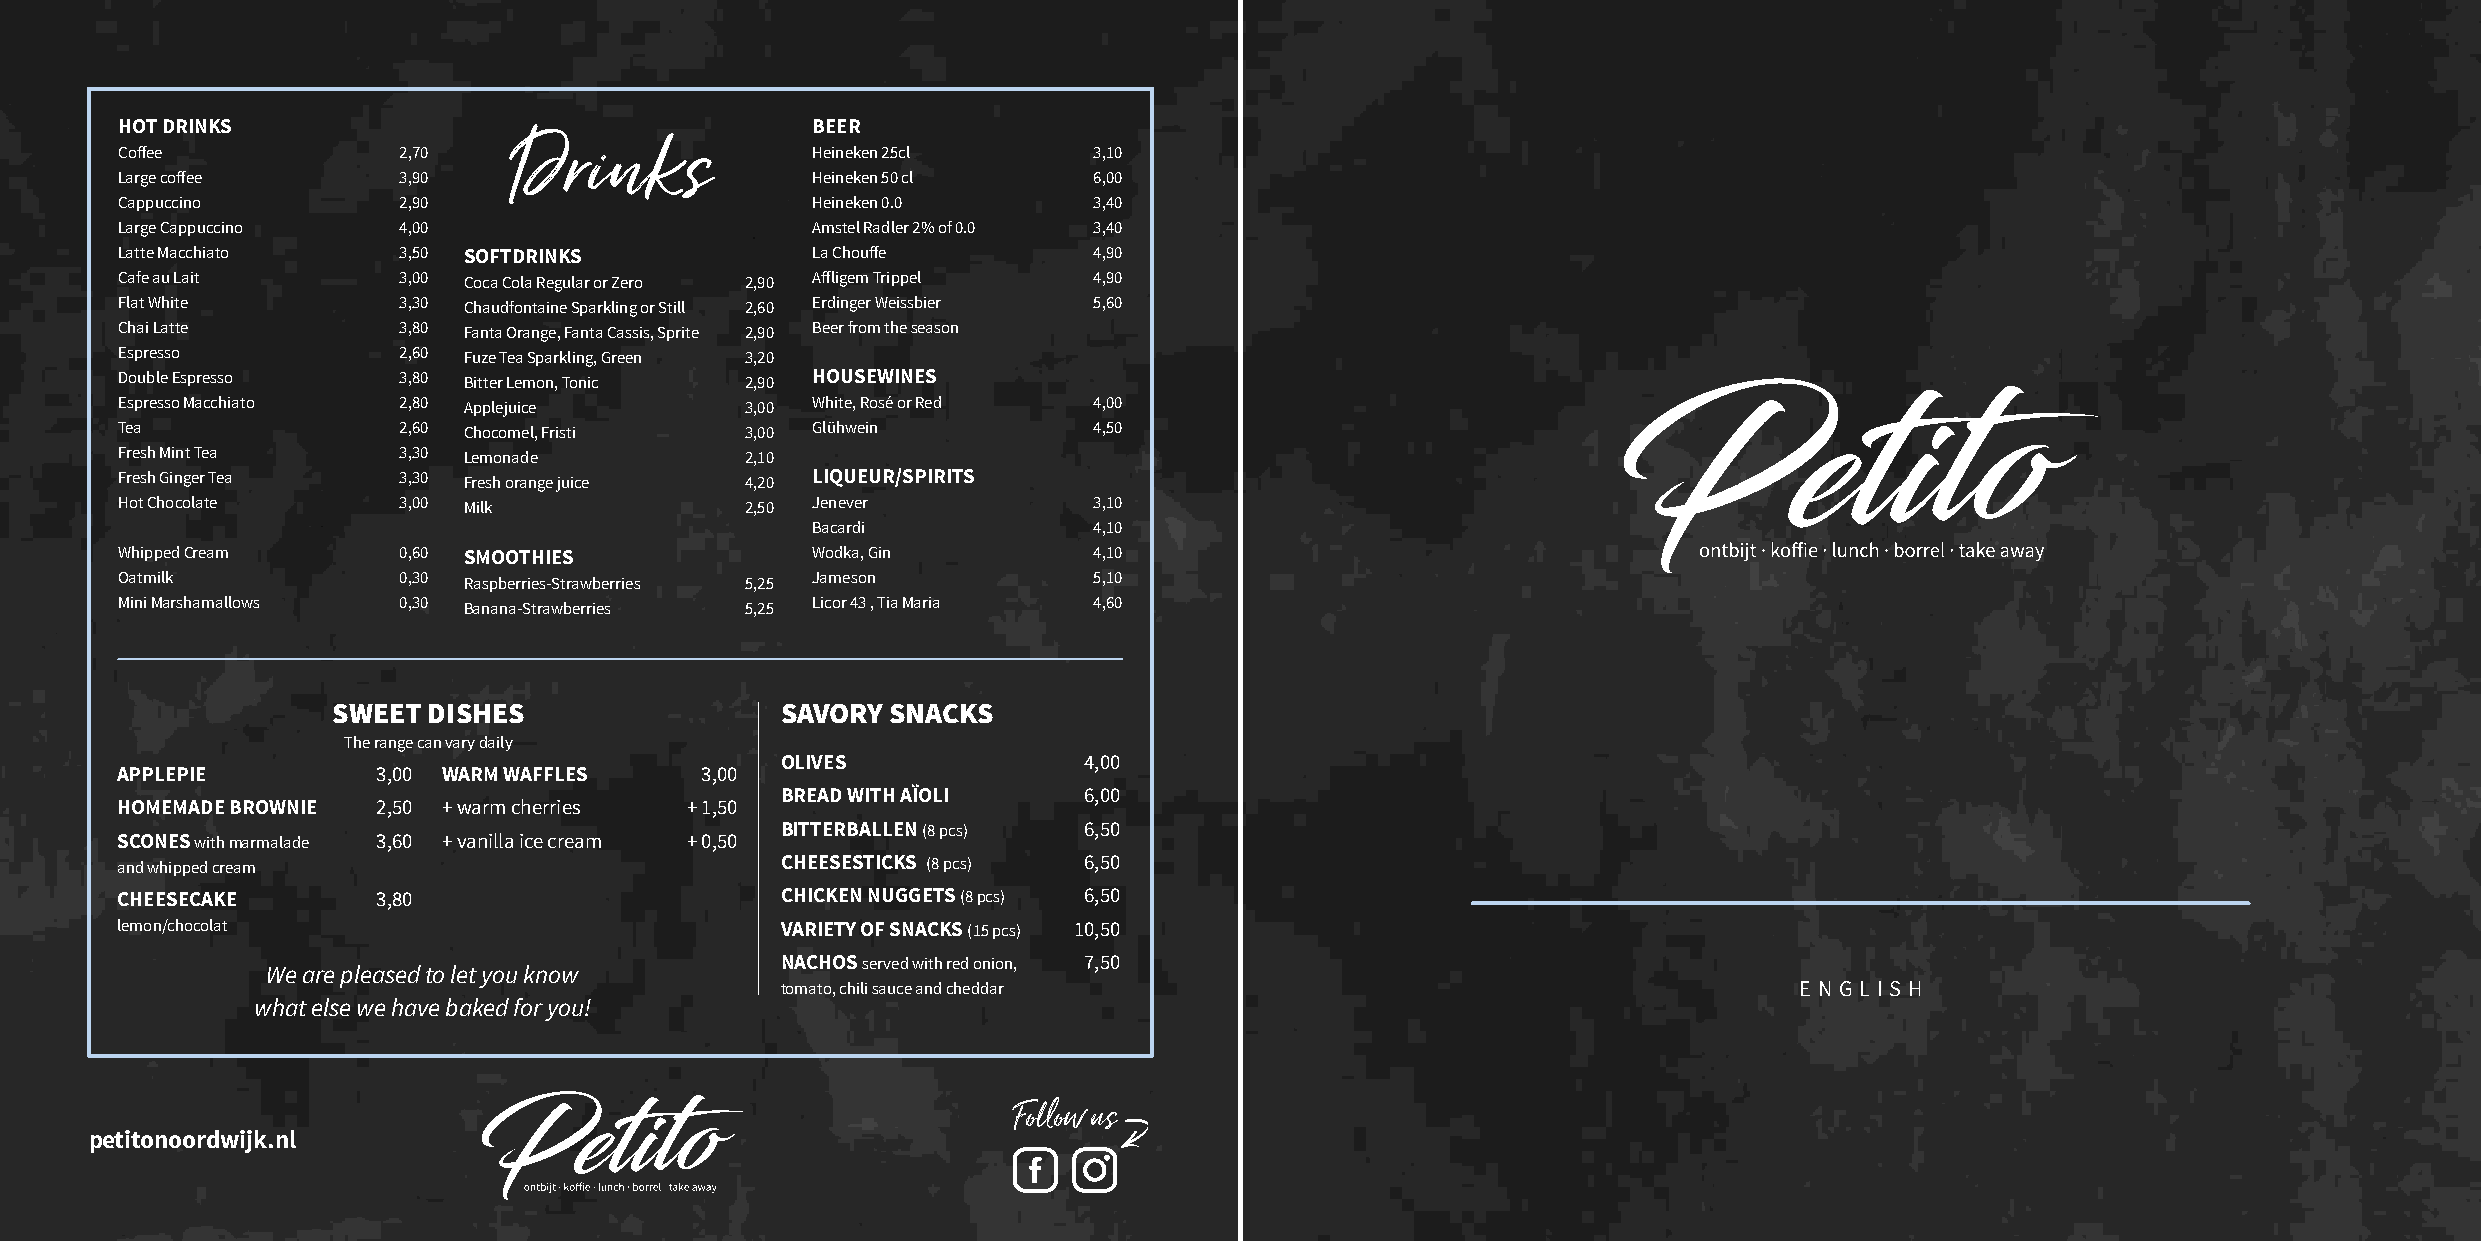
HOT DRINKS                                    BEER
 Drinks
 Coffee            2,70                        Heineken 25cl     3,10
 Large coffee      3,90                        Heineken 50 cl    6,00
 Cappuccino        2,90                        Heineken 0.0      3,40
 Large Cappuccino  4,00                        Amstel Radler 2% of 0.0 3,40
 Latte Macchiato   3,50 SOFTDRINKS             La Chouffe        4,90
 Cafe au Lait      3,00 Coca Cola Regular or Zero 2,90 Affligem Trippel 4,90
 Flat White        3,30 Chaudfontaine Sparkling or Still 2,60 Erdinger Weissbier 5,60
 Chai Latte        3,80 Fanta Orange, Fanta Cassis, Sprite 2,90 Beer from the season
 Espresso          2,60 Fuze Tea Sparkling, Green 3,20
 Double Espresso   3,80 Bitter Lemon, Tonic 2,90 HOUSEWINES
 Espresso Macchiato 2,80 Applejuice       3,00 White, Rosé or Red 4,00
 Tea               2,60 Chocomel, Fristi  3,00 Glühwein          4,50
 Fresh Mint Tea    3,30 Lemonade          2,10
 Fresh Ginger Tea  3,30 Fresh orange juice 4,20 LIQUEUR/SPIRITS
 Hot Chocolate     3,00 Milk              2,50 Jenever           3,10
 Bacardi           4,10
 Whipped Cream     0,60 SMOOTHIES              Wodka, Gin        4,10
 Oatmilk           0,30 Raspberries-Strawberries 5,25 Jameson    5,10
 Mini Marshamallows 0,30 Banana-Strawberries 5,25 Licor 43 , Tia Maria 4,60
 SWEET DISHES                  SAVORY SNACKS
 The range can vary daily
 OLIVES              4,00
 APPLEPIE         3,00 WARM WAFFLES    3,00
 BREAD WITH AÏOLI    6,00
 HOMEMADE BROWNIE 2,50 + warm cherries + 1,50
 BITTERBALLEN (8 pcs) 6,50
 SCONES with marmalade 3,60 + vanilla ice cream + 0,50
 and whipped cream                           CHEESESTICKS (8 pcs) 6,50
 CHEESECAKE       3,80                       CHICKEN NUGGETS (8 pcs) 6,50
 lemon/chocolat                              VARIETY OF SNACKS (15 pcs) 10,50
 NACHOS served with red onion, 7,50
 We are pleased to let you know
 tomato, chili sauce and cheddar                                    E N G L I S H
 what else we have baked for you!
 Follow us
 petitonoordwijk.nl